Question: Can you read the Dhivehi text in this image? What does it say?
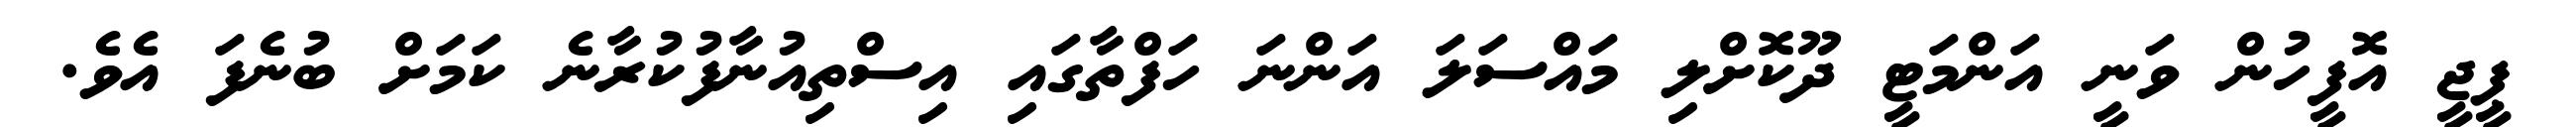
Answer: ޕީޖީ އޮފީހުން ވަނީ އަންމަޓީ ދޫކޮށްލި މައްސަލަ އަންނަ ހަފްތާގައި އިސްތިއުނާފުކުރާނެ ކަމަށް ބުނެފަ އެވެ.